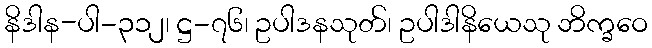
နိဒါန-ပါ-၃၁၂၊ ဋ္ဌ-၇၆၊ ဥပါဒနသုတ်၊ ဥပါဒါနိယေသု ဘိက္ခဝေ